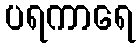
ပရကာရေ